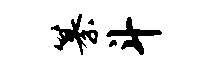
纂斗